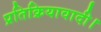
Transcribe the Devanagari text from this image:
प्रतिक्रियावादी।